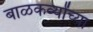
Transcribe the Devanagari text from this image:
बाळकर्व्यांच्या